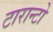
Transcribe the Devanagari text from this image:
टारान्टो